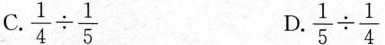
C.$$ \frac { 1 } { 4 } \div \frac { 1 } { 5 }$$ D. $$\frac { 1 } { 5 } \div \frac { 1 } { 4 }$$